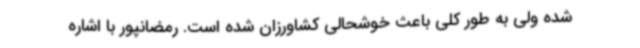
شده ولی به طور کلی باعث خوشحالی کشاورزان شده است. رمضانپور با اشاره